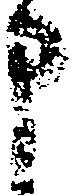
申